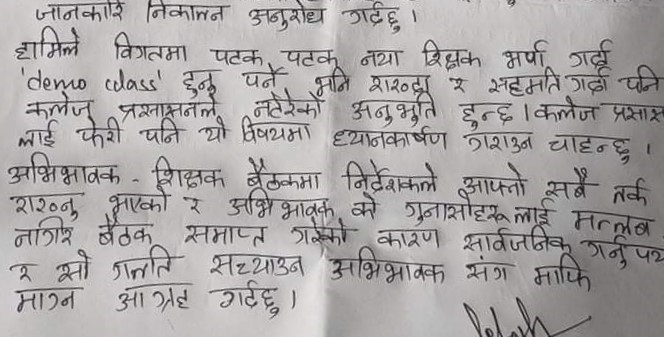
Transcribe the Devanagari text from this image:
जानकारी निकाल्न अनुरोध गर्दछु ।
हामीले विगतमा पटक पटक नयाँ शिक्षक भर्ना गर्दा
'demo class' हुनु पर्ने भनि राख्दा र सहमति गर्दा पनि
कलेज प्रशासनले नटेरेको अनुभूति हुन्छ । कलेज प्रशासक
लाई फेरि पनि यो विषयमा ध्यानकर्षण गराउन चाहन्छु ।
अभिभावक - शिक्षक बैठकमा निर्देशकले आफ्नो सबै तर्क
राख्नु भएको र अभिभावकको गुनासोहरुलाई मतलब
नागरिक बैठक समाप्त गरेको कारण सार्वजनिक गर्नुपय
र सो गल्ति सच्याउन अभिभावक संग माफ़ि
माग्न आग्रह गर्दछु ।